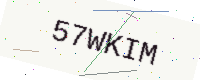
Text: 57WKIM